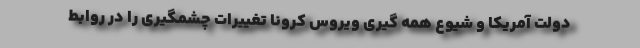
دولت آمریکا و شیوع همه گیری ویروس کرونا تغییرات چشمگیری را در روابط